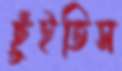
ছুঁইতিস